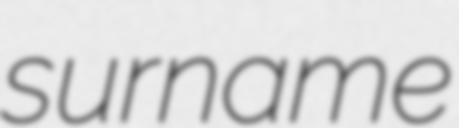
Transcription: surname